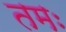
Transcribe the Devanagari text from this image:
तमः